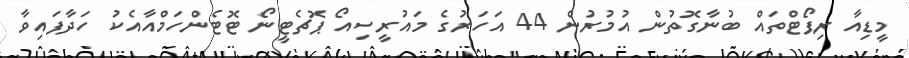
މީޑިއާ ރިޕޯޓްތައް ބުނާގޮތުން އުމުރުން 44 އަހަރުގެ މައުރީސިއޯ ޕޮޗެޓީނޯ ޓޮޓެންހަމްއާއެކު ހަދާފައިވާ